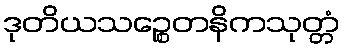
ဒုတိယသဉ္စေတနိကသုတ္တံ